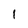
Character: 1